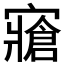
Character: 𱚚